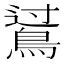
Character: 𪁶